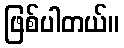
ဖြစ်ပါတယ်။